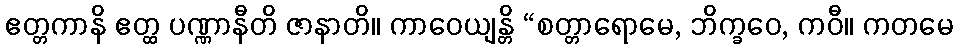
ဧတ္တကာနိ ဧတ္ထ ပဏ္ဏာနီတိ ဇာနာတိ။ ကာဝေယျန္တိ “စတ္တာရောမေ, ဘိက္ခဝေ, ကဝီ။ ကတမေ